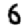
Digit: 6